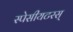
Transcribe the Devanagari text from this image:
स्पेसीयटरस्